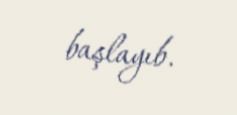
başlayıb.